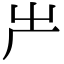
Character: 𠨲